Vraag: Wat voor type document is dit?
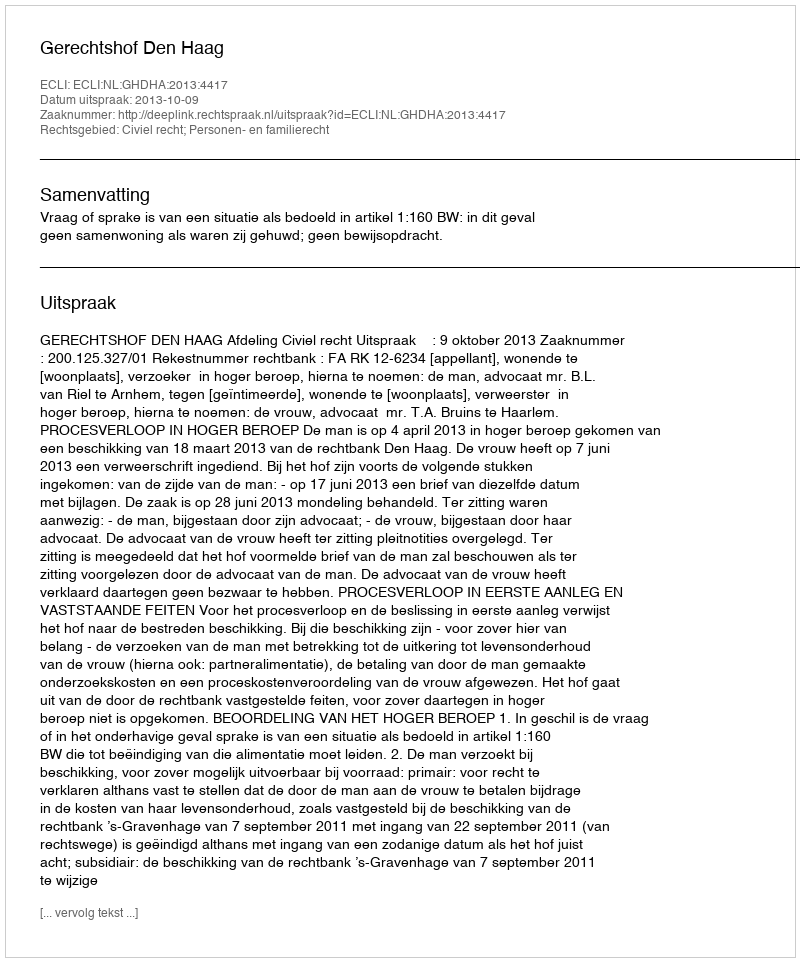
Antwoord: Uitspraak